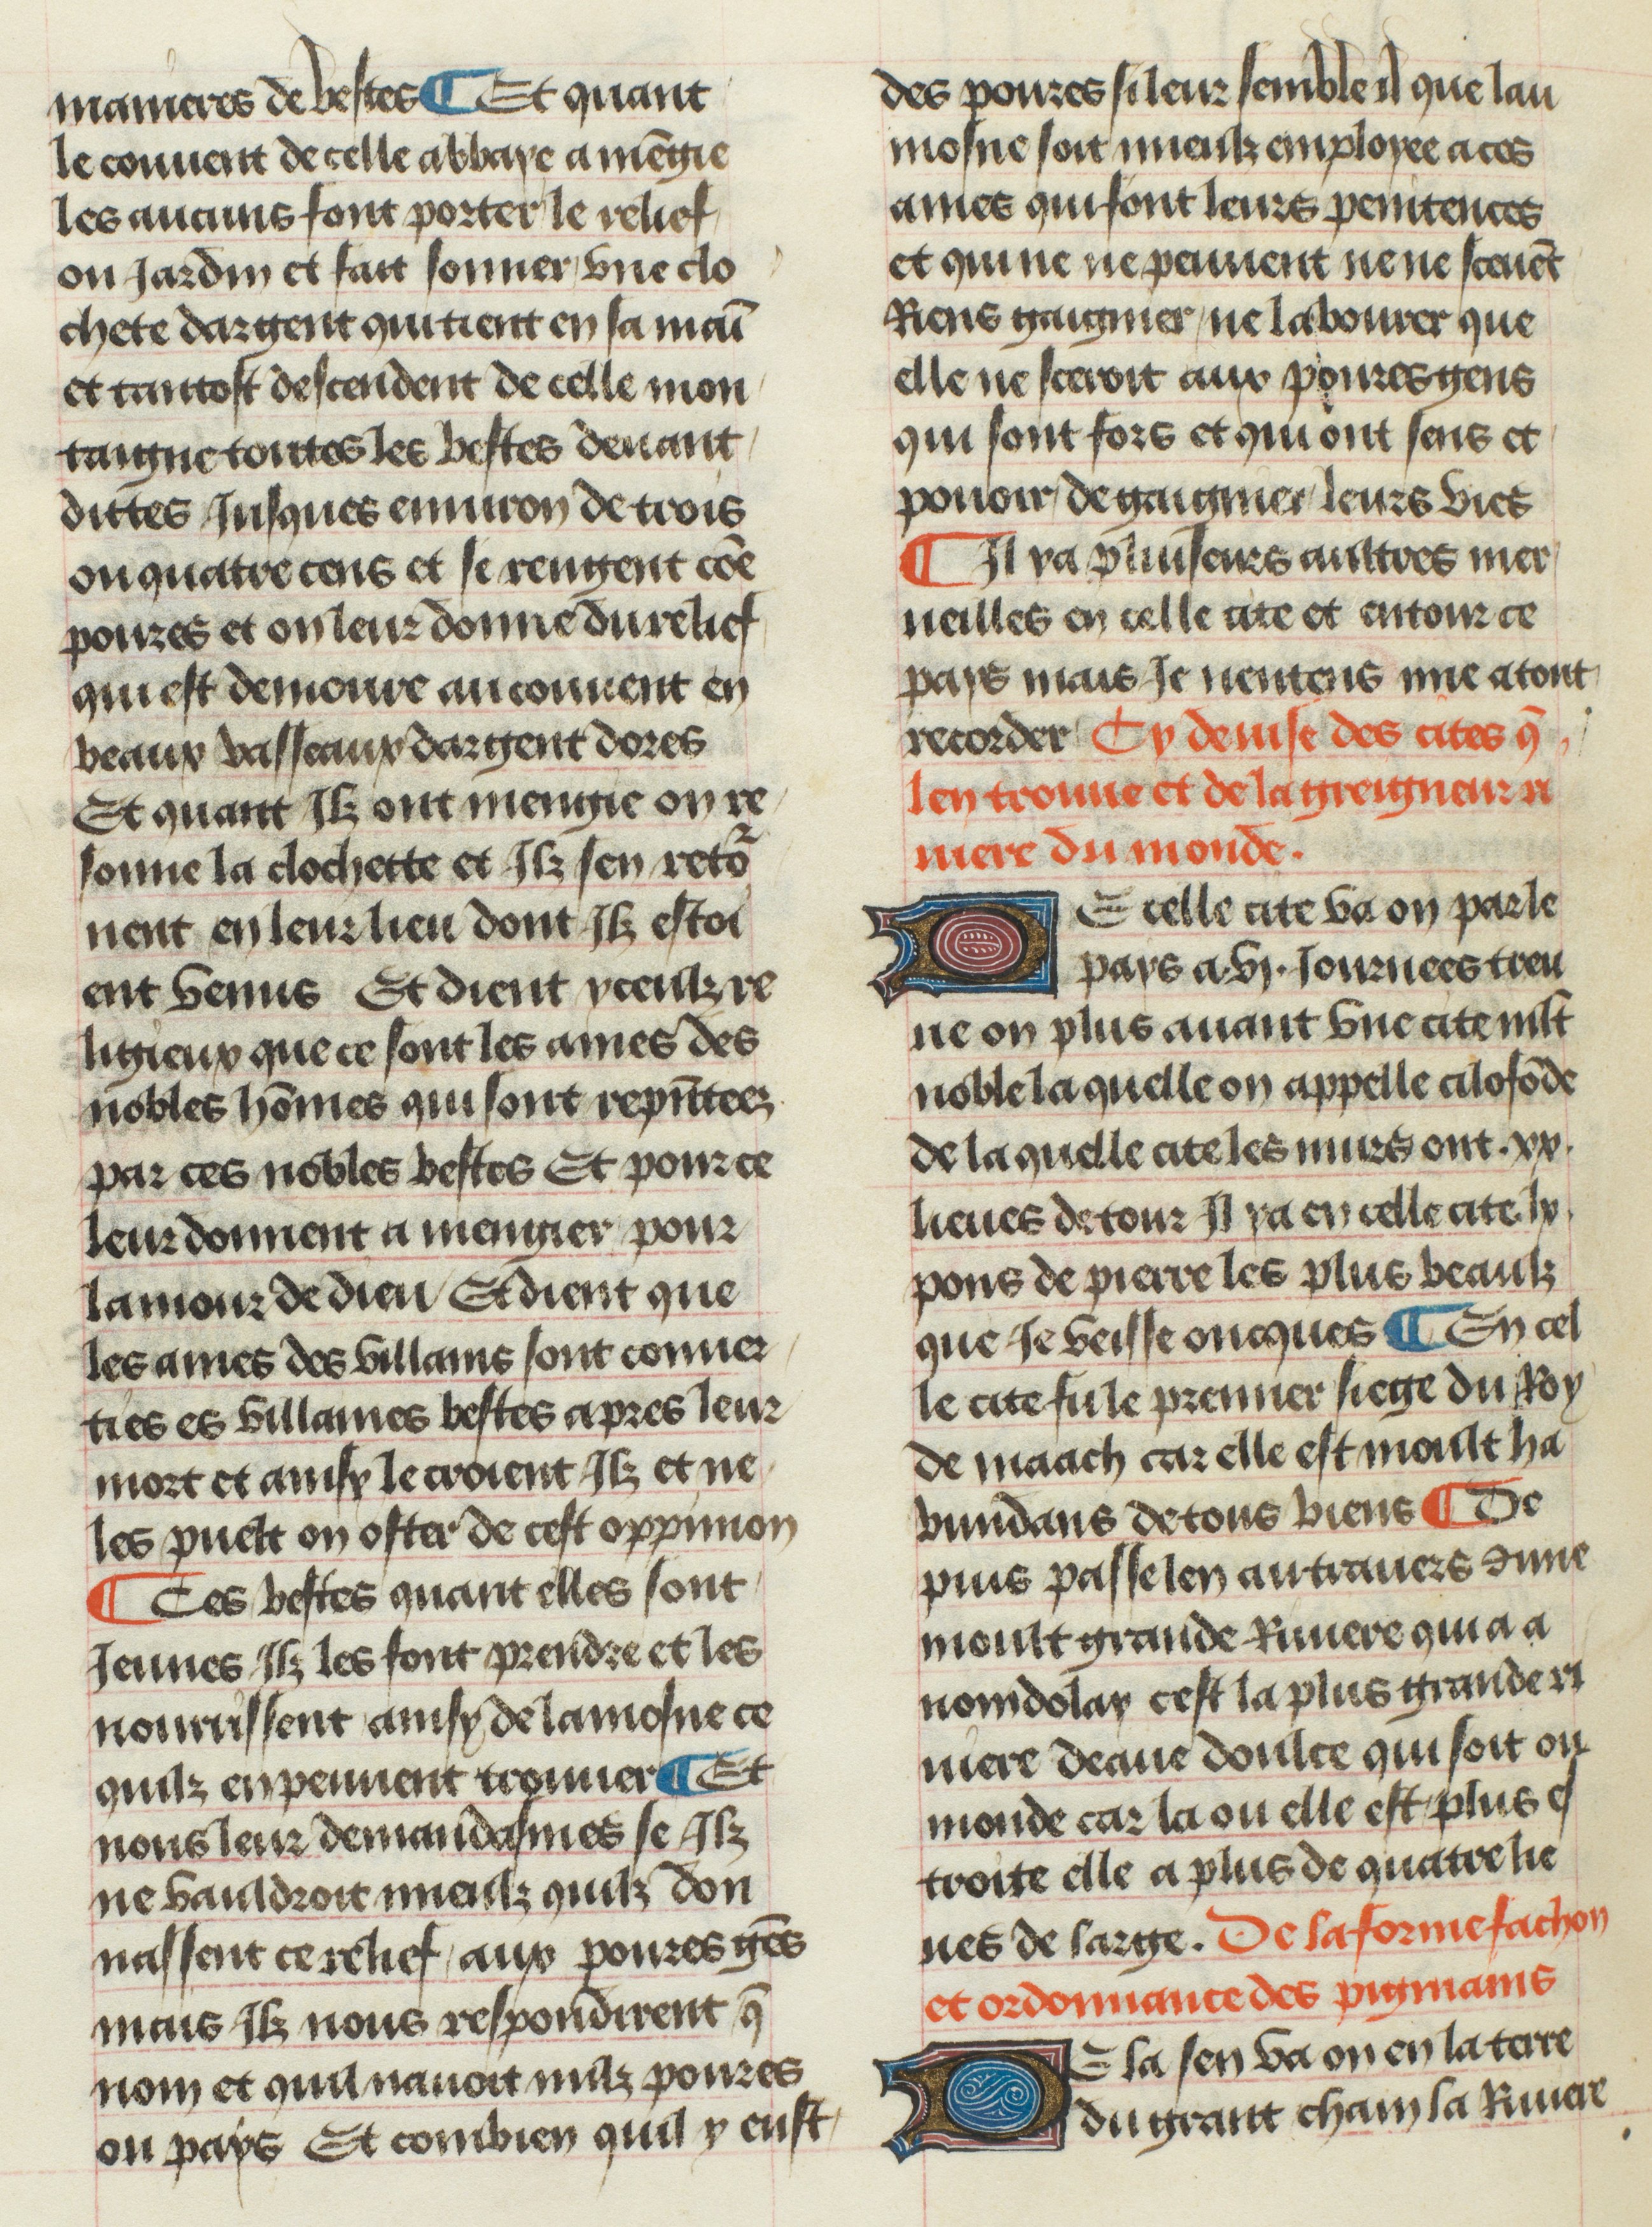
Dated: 1400–1449